system: You are a helpful assistant.
user:
Analyze the provided spectrum to determine if it is a **M-type Giant (gM)**.

A M-type Giant spectrum is defined by its **strong molecular absorption** features, particularly from **Titanium Oxide (TiO)**. You must check for one of the following mutually exclusive signatures:

- **Key Visual Indicators (Absorption-Dominated Spectrum):**

    - **(Primary):** The spectrum is dominated by strong molecular absorption from **Titanium Oxide (TiO)**. This is the **defining feature** of its M-type temperature class.
        - **(Key Bandheads):** Look for sharp, "saw-tooth" absorption valleys. The strongest are located near **~7050 Å**, **~6160 Å**, and **~5170 Å**.
        - **(Line Profile):** The "saw-tooth" morphology is critical: a **sharp, steep drop on the BLUE (short-wavelength) side** of the bandhead, followed by a gradual recovery (rising flux) towards the RED (long-wavelength) side.

    - **(Key Confirmation - Giant vs. Dwarf):** **ABSENCE** of strong **Calcium Hydride (CaH)** molecular bands. This is the primary diagnostic for *excluding* M-dwarfs.
        - **(Key Region):** The spectrum should lack the strong, broad absorption band seen in dwarfs between **~6800 Å and ~7000 Å**.

    - **(Secondary Confirmation - Giant):** A very strong and broad **Neutral Calcium (Ca I)** atomic absorption line.
        - **(Key Line):** Located at **~4226 Å**. In a giant (gM), this line is significantly deeper and broader than the same line in an M-dwarf (dM) due to low surface gravity.

    - **(Overall Spectrum):**
        - The continuum is **extremely red-sloping** (i.e., flux is very low in the blue and rises dramatically towards the red).
        - The entire spectrum appears "chopped up" by the deep TiO bands.

Think first, call **spectral_visualization_tool** if needed to examine features in detail, then provide your final answer. Your response must adhere to the following strict rules:
1.  **Overall Structure:** Your response must follow the format `<think>...</think> <tool_call>...</tool_call> (if a tool is used) <answer>...</answer>`.
2.  **Tool Usage Constraint:** You may only make **one** tool call per turn.
3.  **Final Answer Format:** In the `<answer>` tag, your conclusion must be inside a `\boxed{}` command (e.g., `\boxed{YES}` or `\boxed{NO}`), followed by your justification.

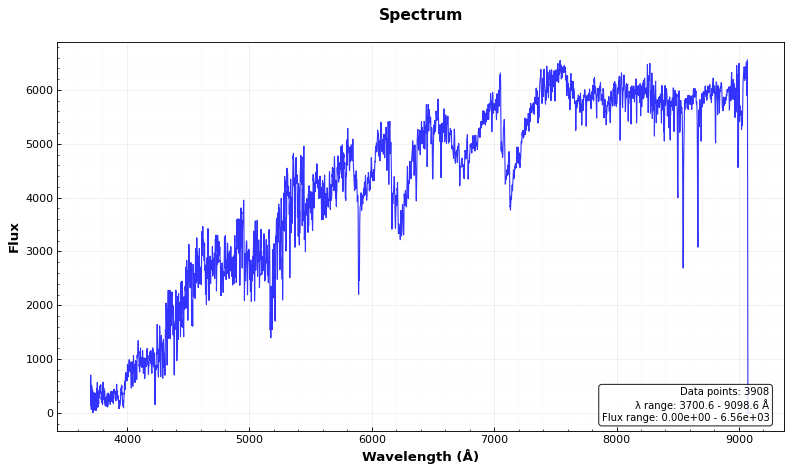
Answer: YES